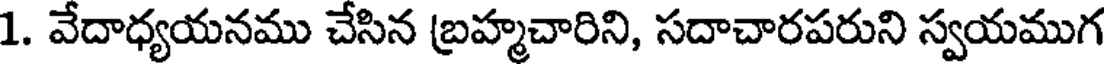
1. వేదాధ్యయనము చేసిన బ్రహ్మచారిని, సదాచారపరుని స్వయముగ